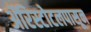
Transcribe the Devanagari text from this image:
ॲरिस्टोटलपासून